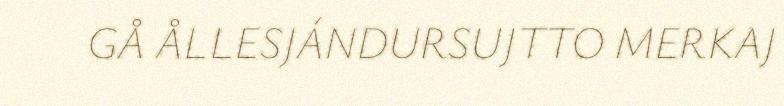
GÅ ÅLLESJÁNDURSUJTTO MERKAJ